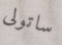
ساتولى